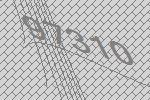
97310